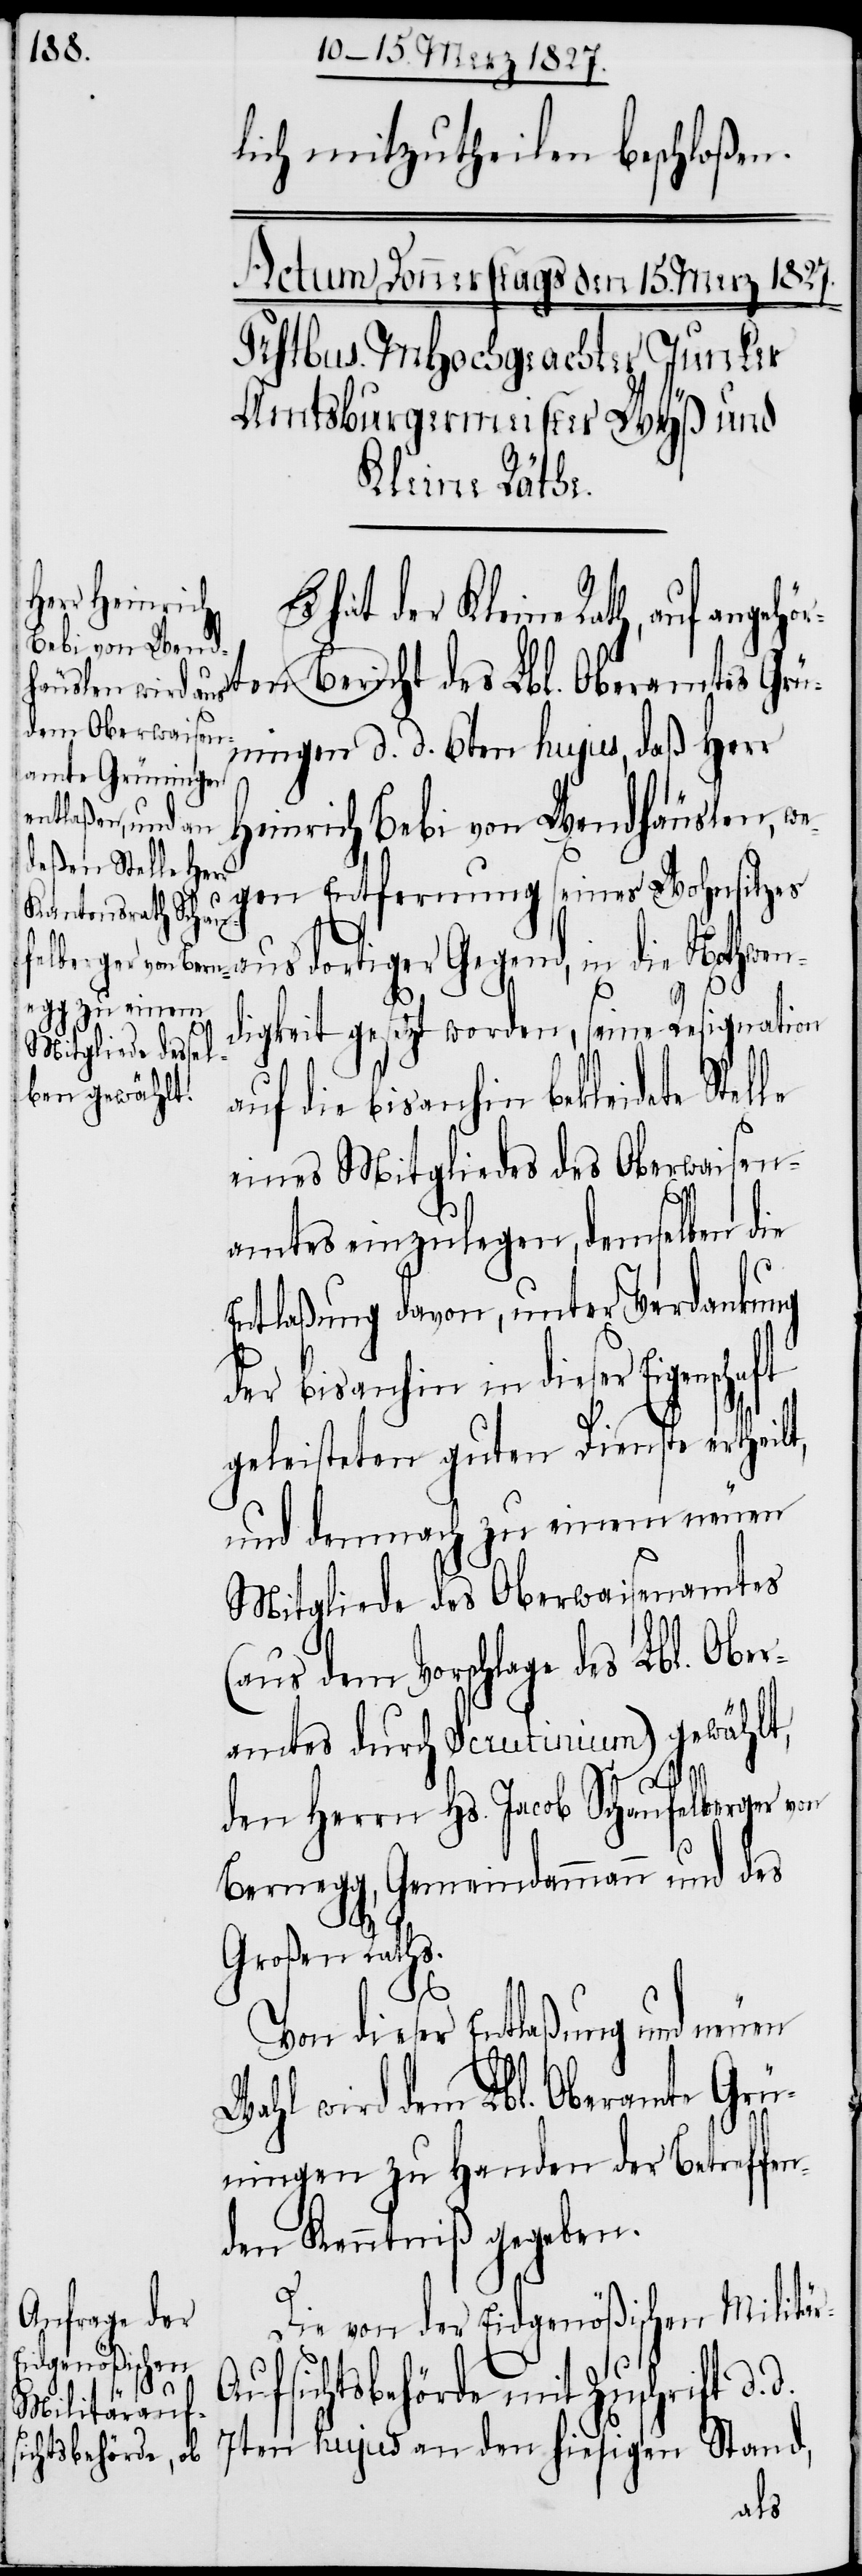
r-A¬

lich mitzutheilen beschloßen.
hat der Kleine Rath, auf angeh¬
en Bericht des Lbl. Oberamtes Grün¬
ingen d. d. 6ten hujus, daß Herr
Heinrich Bebi von Wendhäuslen, we¬
gen Entfernung seines Wohnsitzes
aus dortiger Gegend, in die Nothwen¬
digkeit gesetzt worden, seine Resignation
auf die bis anhin bekleidete Stel¬
eines Mitgliedes des Oberwaisen¬
amtes einzulegen, demselben die
Entlaßung davon, unter Verdankung
der bis anhin in dieser Eigenscha¬
geleistete guten Dienste erthei¬
und demnach zu einem neuen
Mitgliede des Oberwaisenamtes
(aus dem Vorschlage des Lbl. Ober¬
amtes durch Scrutinium) gewählt,
d.
den Herrn Hs. Jacob Schaufelberger von
Bernegg, Gemeindammann und des
Großen Raths.
Von dieser Entlaßung und neuen
Wahl wird dem Lbl. Oberamte Grü¬
ningen zu Handen der Betreffen¬
den Kenntniß gegeben.
Die von der Eidgenößischen Militä¬
ufsichtsbehörde mit Zuschrift d.
7ten hujus an den hiesigen Stand,